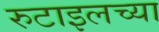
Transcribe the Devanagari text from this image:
रुटाइलच्या